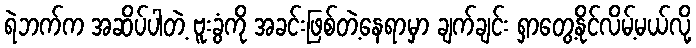
ရဲဘက်က အဆိပ်ပါတဲ့ ဗူးခွံကို အခင်းဖြစ်တဲ့နေရာမှာ ချက်ချင်း ရှာတွေ့နိုင်လိမ့်မယ်လို့